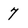
Character: 7